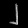
Digit: ၂